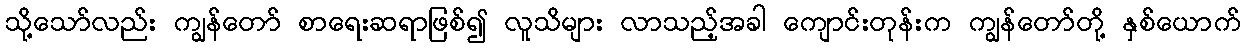
သို့သော်လည်း ကျွန်တော် စာရေးဆရာဖြစ်၍ လူသိများ လာသည့်အခါ ကျောင်းတုန်းက ကျွန်တော်တို့ နှစ်ယောက်